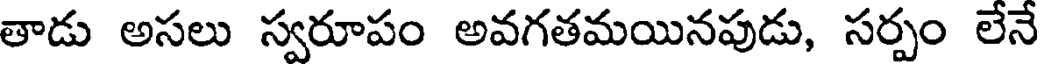
తాడు అసలు స్వరూపం అవగతమయినపుడు, సర్పం లేనే